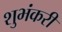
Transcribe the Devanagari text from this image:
शुभंकरी